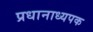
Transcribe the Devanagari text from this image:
प्रधानाध्यपक